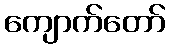
ကျောက်တော်